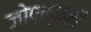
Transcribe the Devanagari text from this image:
जोफ़्फ़ानी